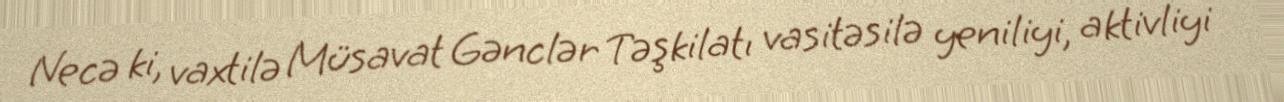
Necə ki, vaxtilə Müsavat Gənclər Təşkilatı vasitəsilə yeniliyi, aktivliyi